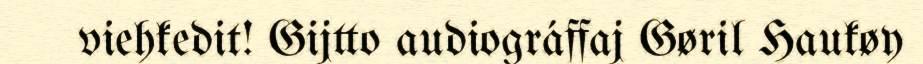
viehkedit! Gijtto audiográffaj Gøril Haukøy